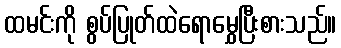
ထမင်းကို စွပ်ပြုတ်ထဲရောမွှေပြီးစားသည်။